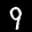
Label: 9